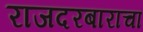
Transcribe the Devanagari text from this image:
राजदरबाराचा